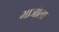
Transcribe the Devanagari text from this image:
भाजीला